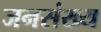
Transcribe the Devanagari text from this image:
जनसंख्य